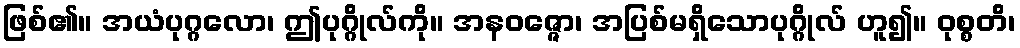
ဖြစ်၏။ အယံပုဂ္ဂလော၊ ဤပုဂ္ဂိုလ်ကို။ အနဝဇ္ဇော၊ အပြစ်မရှိသောပုဂ္ဂိုလ် ဟူ၍။ ဝုစ္စတိ၊